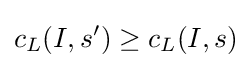
c_{L}(I,s')\geq c_{L}(I,s)